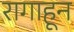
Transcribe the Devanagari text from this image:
रागाहून